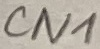
Text: CN1